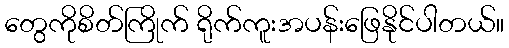
တွေကိုစိတ်ကြိုက် ရိုက်ကူးအပန်းဖြေနိုင်ပါတယ်။